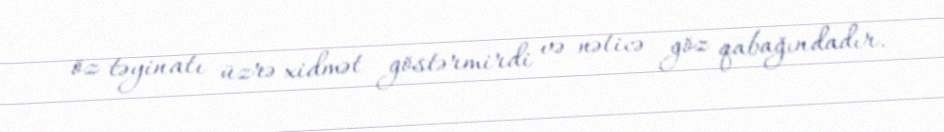
öz təyinatı üzrə xidmət göstərmirdi və nəticə göz qabağındadır.